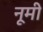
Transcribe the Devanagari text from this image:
नूमी